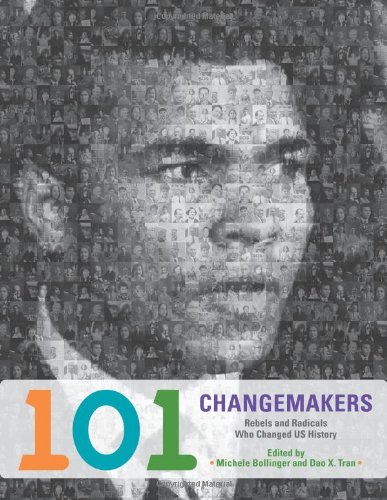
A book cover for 101 Changemakers: Rebels and Radicals Who Changed U.S. History; Children's Books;